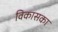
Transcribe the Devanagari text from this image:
विकासका